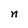
Character: n